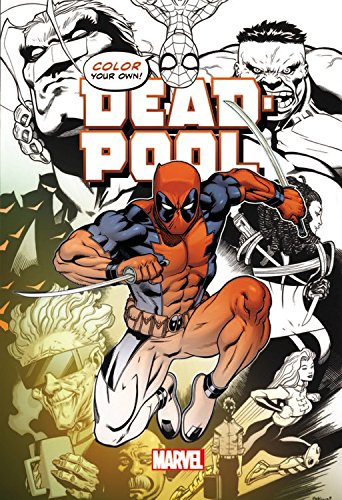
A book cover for Color Your Own Deadpool; Humor & Entertainment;